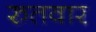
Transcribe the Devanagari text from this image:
रुतवार